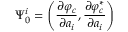
\Psi _ { 0 } ^ { i } = \left( \frac { \partial \varphi _ { c } } { \partial a _ { i } } , \frac { \partial \varphi _ { c } ^ { \ast } } { \partial a _ { i } } \right)